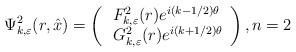
LaTeX: \begin{align*}\Psi_{k,\varepsilon}^2(r,\hat{x})=\left(\begin{array}{cc}F^2_{k,\varepsilon}(r)e^{i(k-1/2)\theta}\\\:G^2_{k,\varepsilon}(r)e^{i(k+1/2)\theta}\end{array}\right),n=2\end{align*}